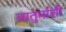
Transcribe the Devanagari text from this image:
चातुर्माशी